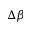
\Delta \beta